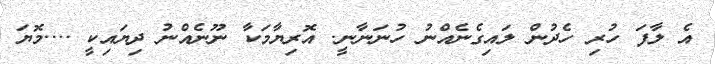
އެ ލާފަ ހުރި ހެދުން ލައިގެނެއްނު ހުނަނާނީ. އޮރިޔާމަކާ ނޫނެއްނު ދިޔައިކީ ....މޮޔަ